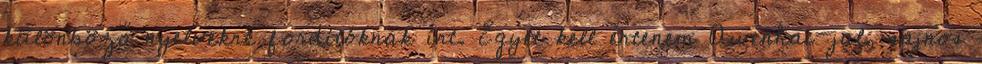
különböző nyelvekre fordítóknak írt. Egyet kell értenem Awenhai-jal, sajnos